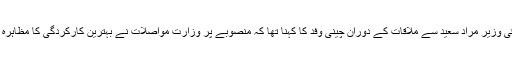
وفاقی وزیر مراد سعید سے ملاقات کے دوران چینی وفد کا کہنا تھا کہ منصوبے پر وزارت مواصلات نے بہترین کارکردگی کا مظاہرہ کیا۔